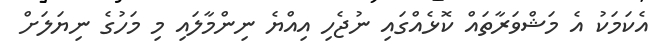
އެކަމަކު އެ މަޝްވަރާތައް ކޮޅެއްގައި ނުޖެހި އިއްޔެ ނިންމާލައި މި މަހުގެ ނިޔަލަށް